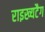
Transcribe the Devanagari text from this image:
राइख्यटैग